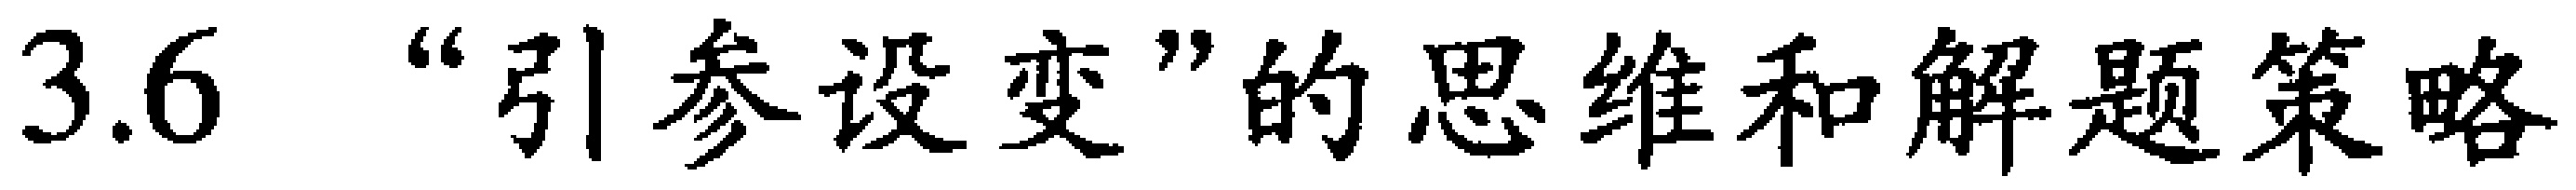
3.6 “引参设变”的思维和解题策略